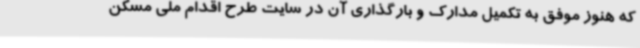
که هنوز موفق به تکمیل مدارک و بارگذاری آن در سایت طرح اقدام ملی مسکن